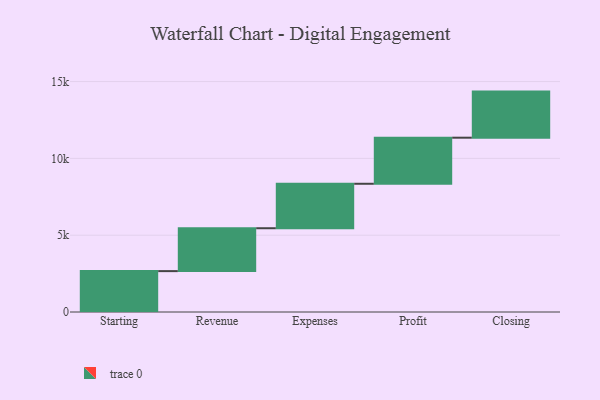
{"axis": {"x": "Step", "y": "Value"}, "legend": [""], "data": [{"x": "Starting", "y": 2661.0, "type": ""}, {"x": "Revenue", "y": 2792.0, "type": ""}, {"x": "Expenses", "y": 2894.0, "type": ""}, {"x": "Profit", "y": 3000, "type": ""}, {"x": "Closing", "y": 3000, "type": ""}]}